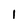
Character: 1